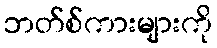
ဘတ်စ်ကားများကို